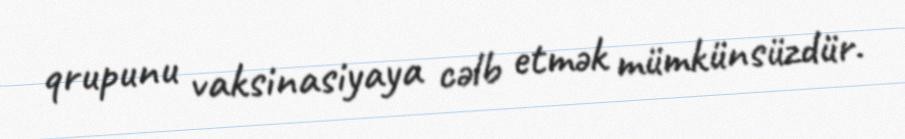
qrupunu vaksinasiyaya cəlb etmək mümkünsüzdür.